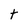
Character: t